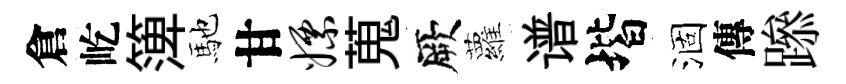
倉屹𥱼馳甘嫖蒐厥蘿谱堦涸傳𨅶